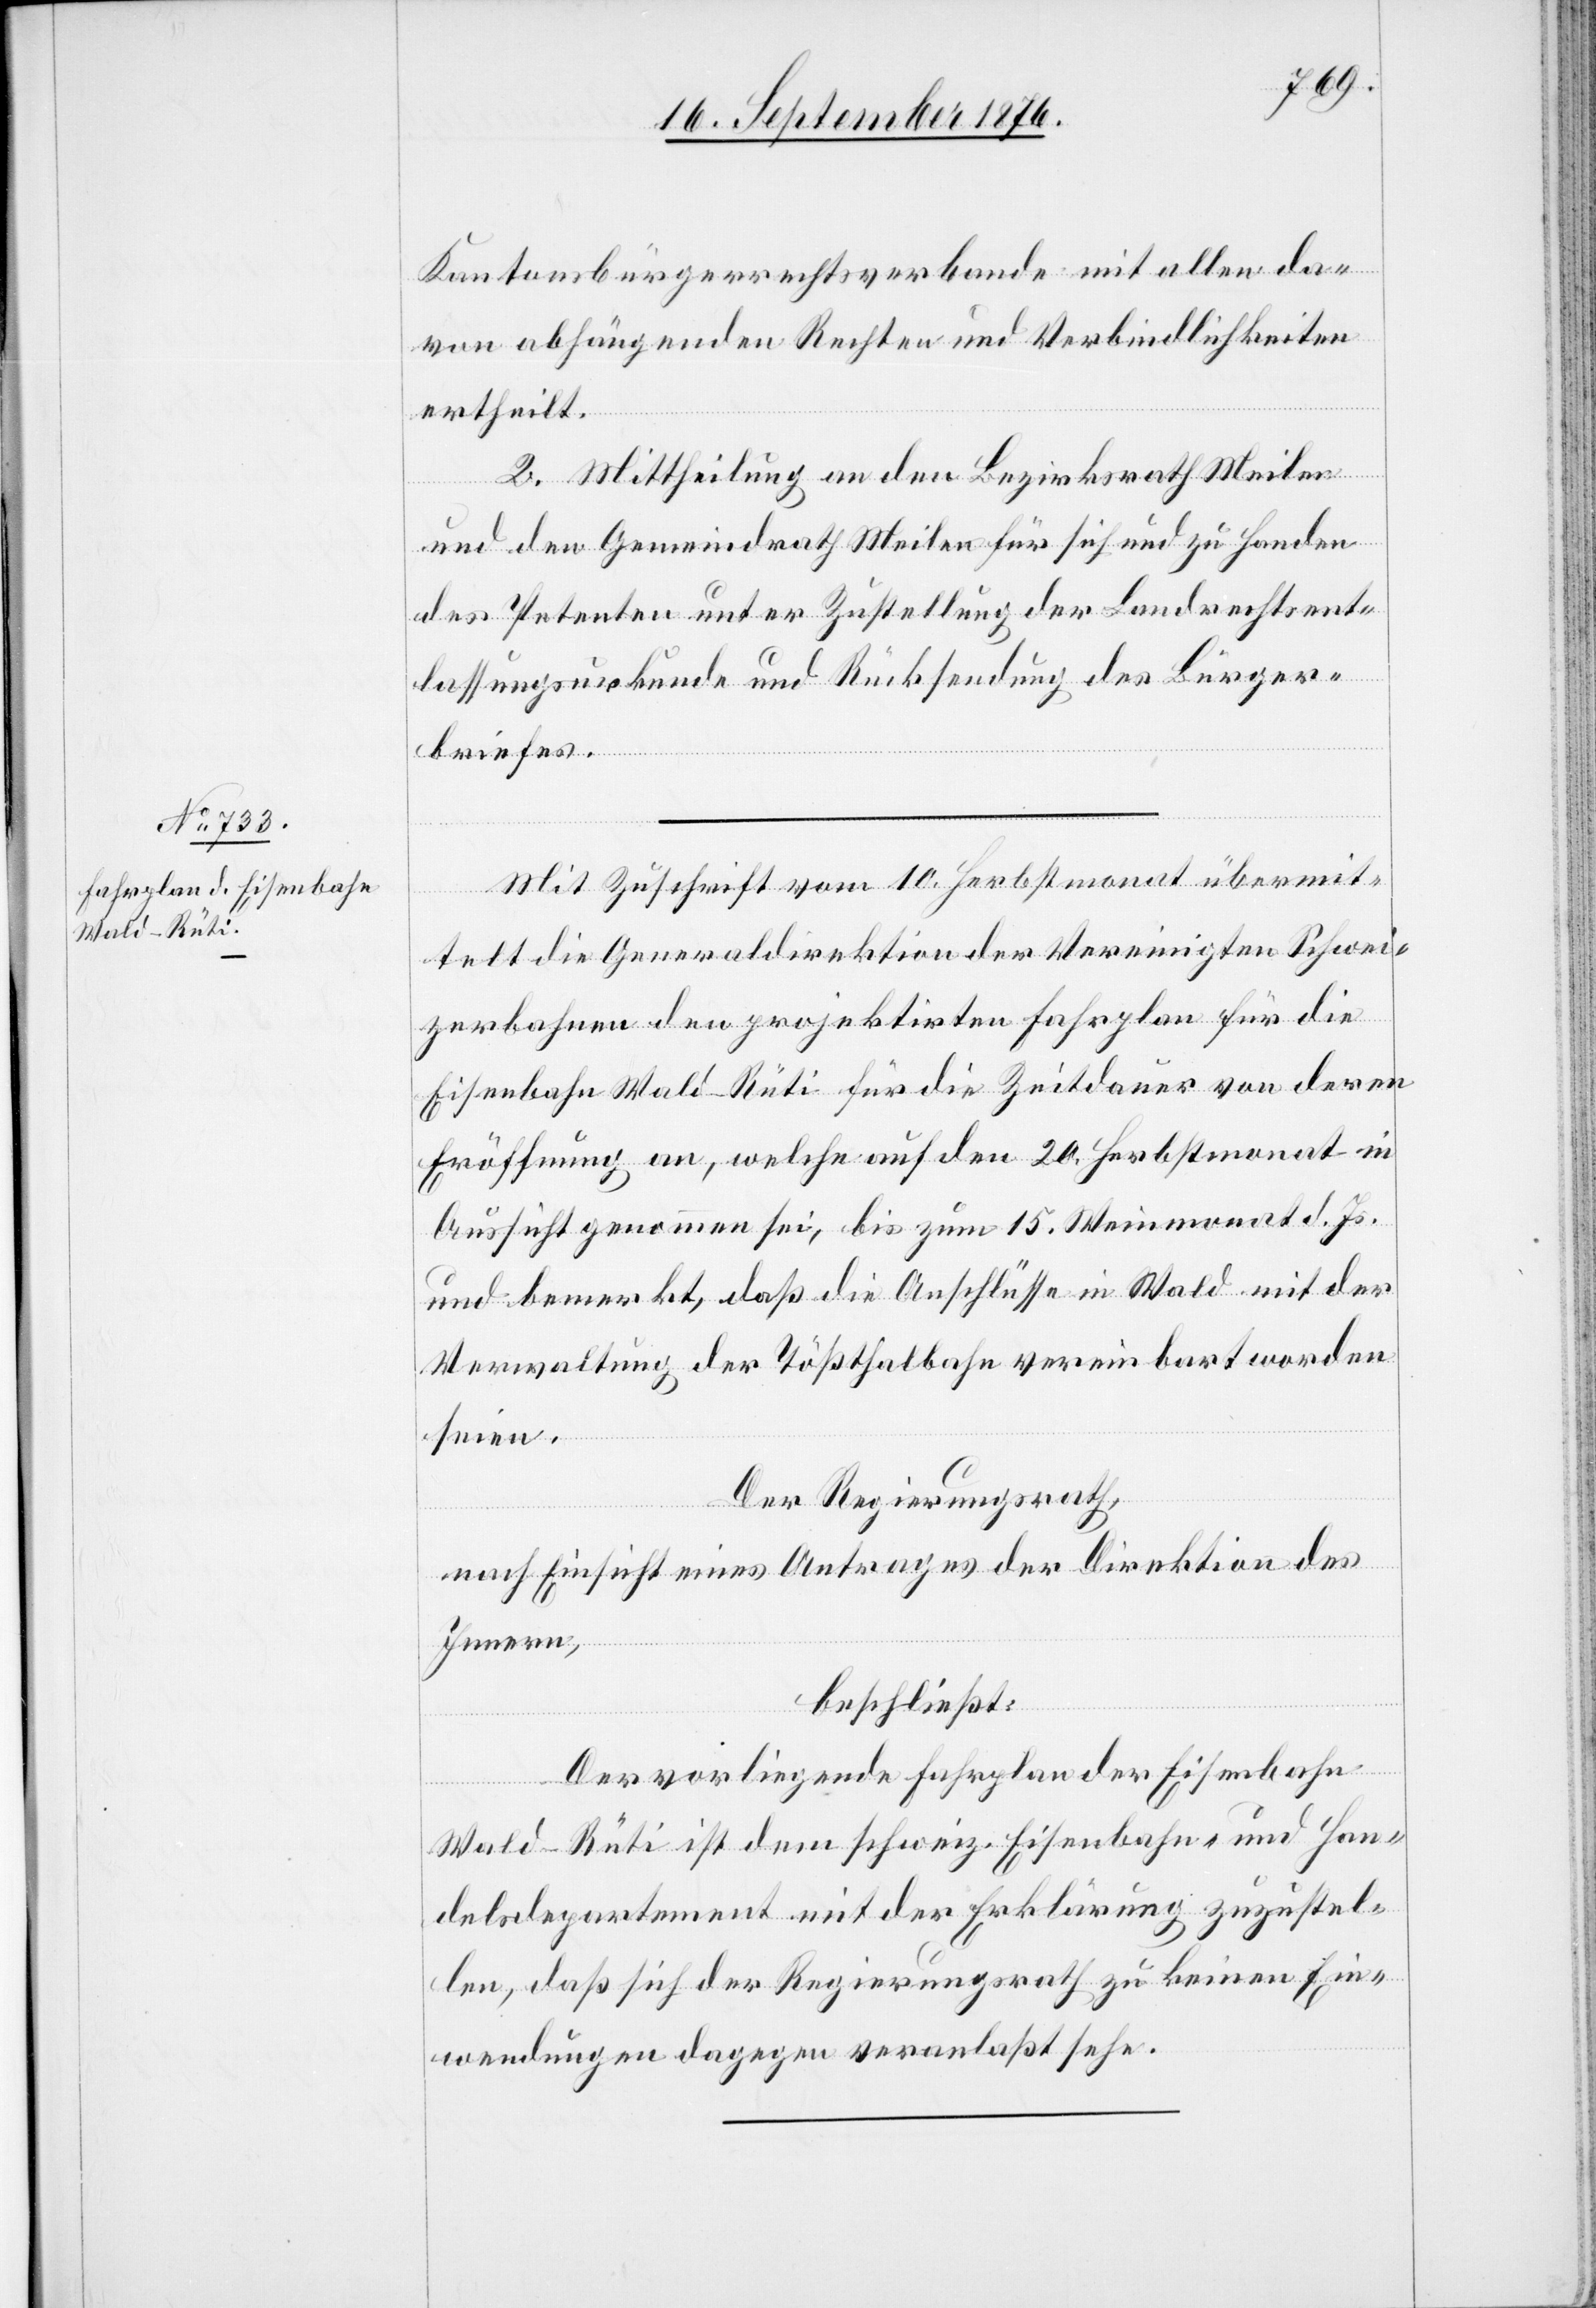
Kantonsbürgerrechtsverbande mit allen da¬
von abhängenden Rechten und Verbindlichkeiten
ertheilt.
2. Mittheilung an den Bezirksrath Meilen
und den Gemeindrath Meilen für sich und zu Handen
des Petenten unter Zustellung der Landrechtsent¬
lassungsurkunde und Rücksendung des Bürger¬
briefes.
Mit Zuschrift vom 10. Herbstmonat übermit¬
telt die Generaldirektion der Vereinigten Schwei¬
zerbahnen den projektirten Fahrplan für die
Eisenbahn Wald–Rüti für die Zeitdauer von deren
Eröffnung an, welche auf den 20. Herbstmonat in
Aussicht genommen sei, bis zum 15. Weinmonat d. Js.
und bemerkt, daß die Anschlüsse in Wald mit der
Verwaltung der Tößthalbahn vereinbart worden
seien.
Der Regierungsrath,
nach Einsicht eines Antrages der Direktion des
Innern,
beschließt:
Der vorliegende Fahrplan der Eisenbahn
Wald–Rüti ist dem schweiz. Eisenbahn- und Han¬
delsdepartement mit der Erklärung zuzustel¬
len, daß sich der Regierungsrath zu keinen Ein¬
wendungen dagegen veranlaßt sehe.